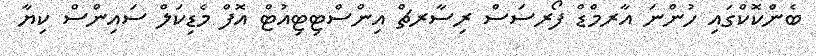
ބެންކޮކްގައި ހުންނަ އާރމްޑް ފޯރސަސް ރިސާރޗް އިންސްޓިޓިއުޓް އޮފް މެޑިކަލް ސައިންސް ކިޔާ